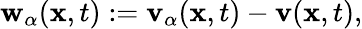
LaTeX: \begin{array}{r}{\mathbf{w}_{\alpha}(\mathbf{x},t):=\mathbf{v}_{\alpha}(\mathbf{x},t)-\mathbf{v}(\mathbf{x},t),}\end{array}